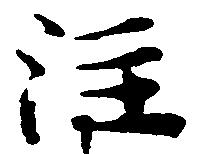
注